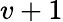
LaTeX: v+1